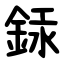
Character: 銾